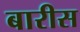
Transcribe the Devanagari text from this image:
बारीस